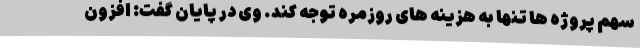
سهم پروژه ها تنها به هزینه های روزمره توجه کند. وی در پایان گفت: افزون